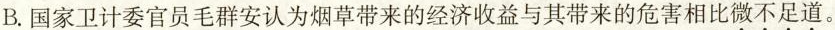
B. 国家卫计委官员毛群安认为烟草带来的经济收益与其带来的危害相比微不足道。